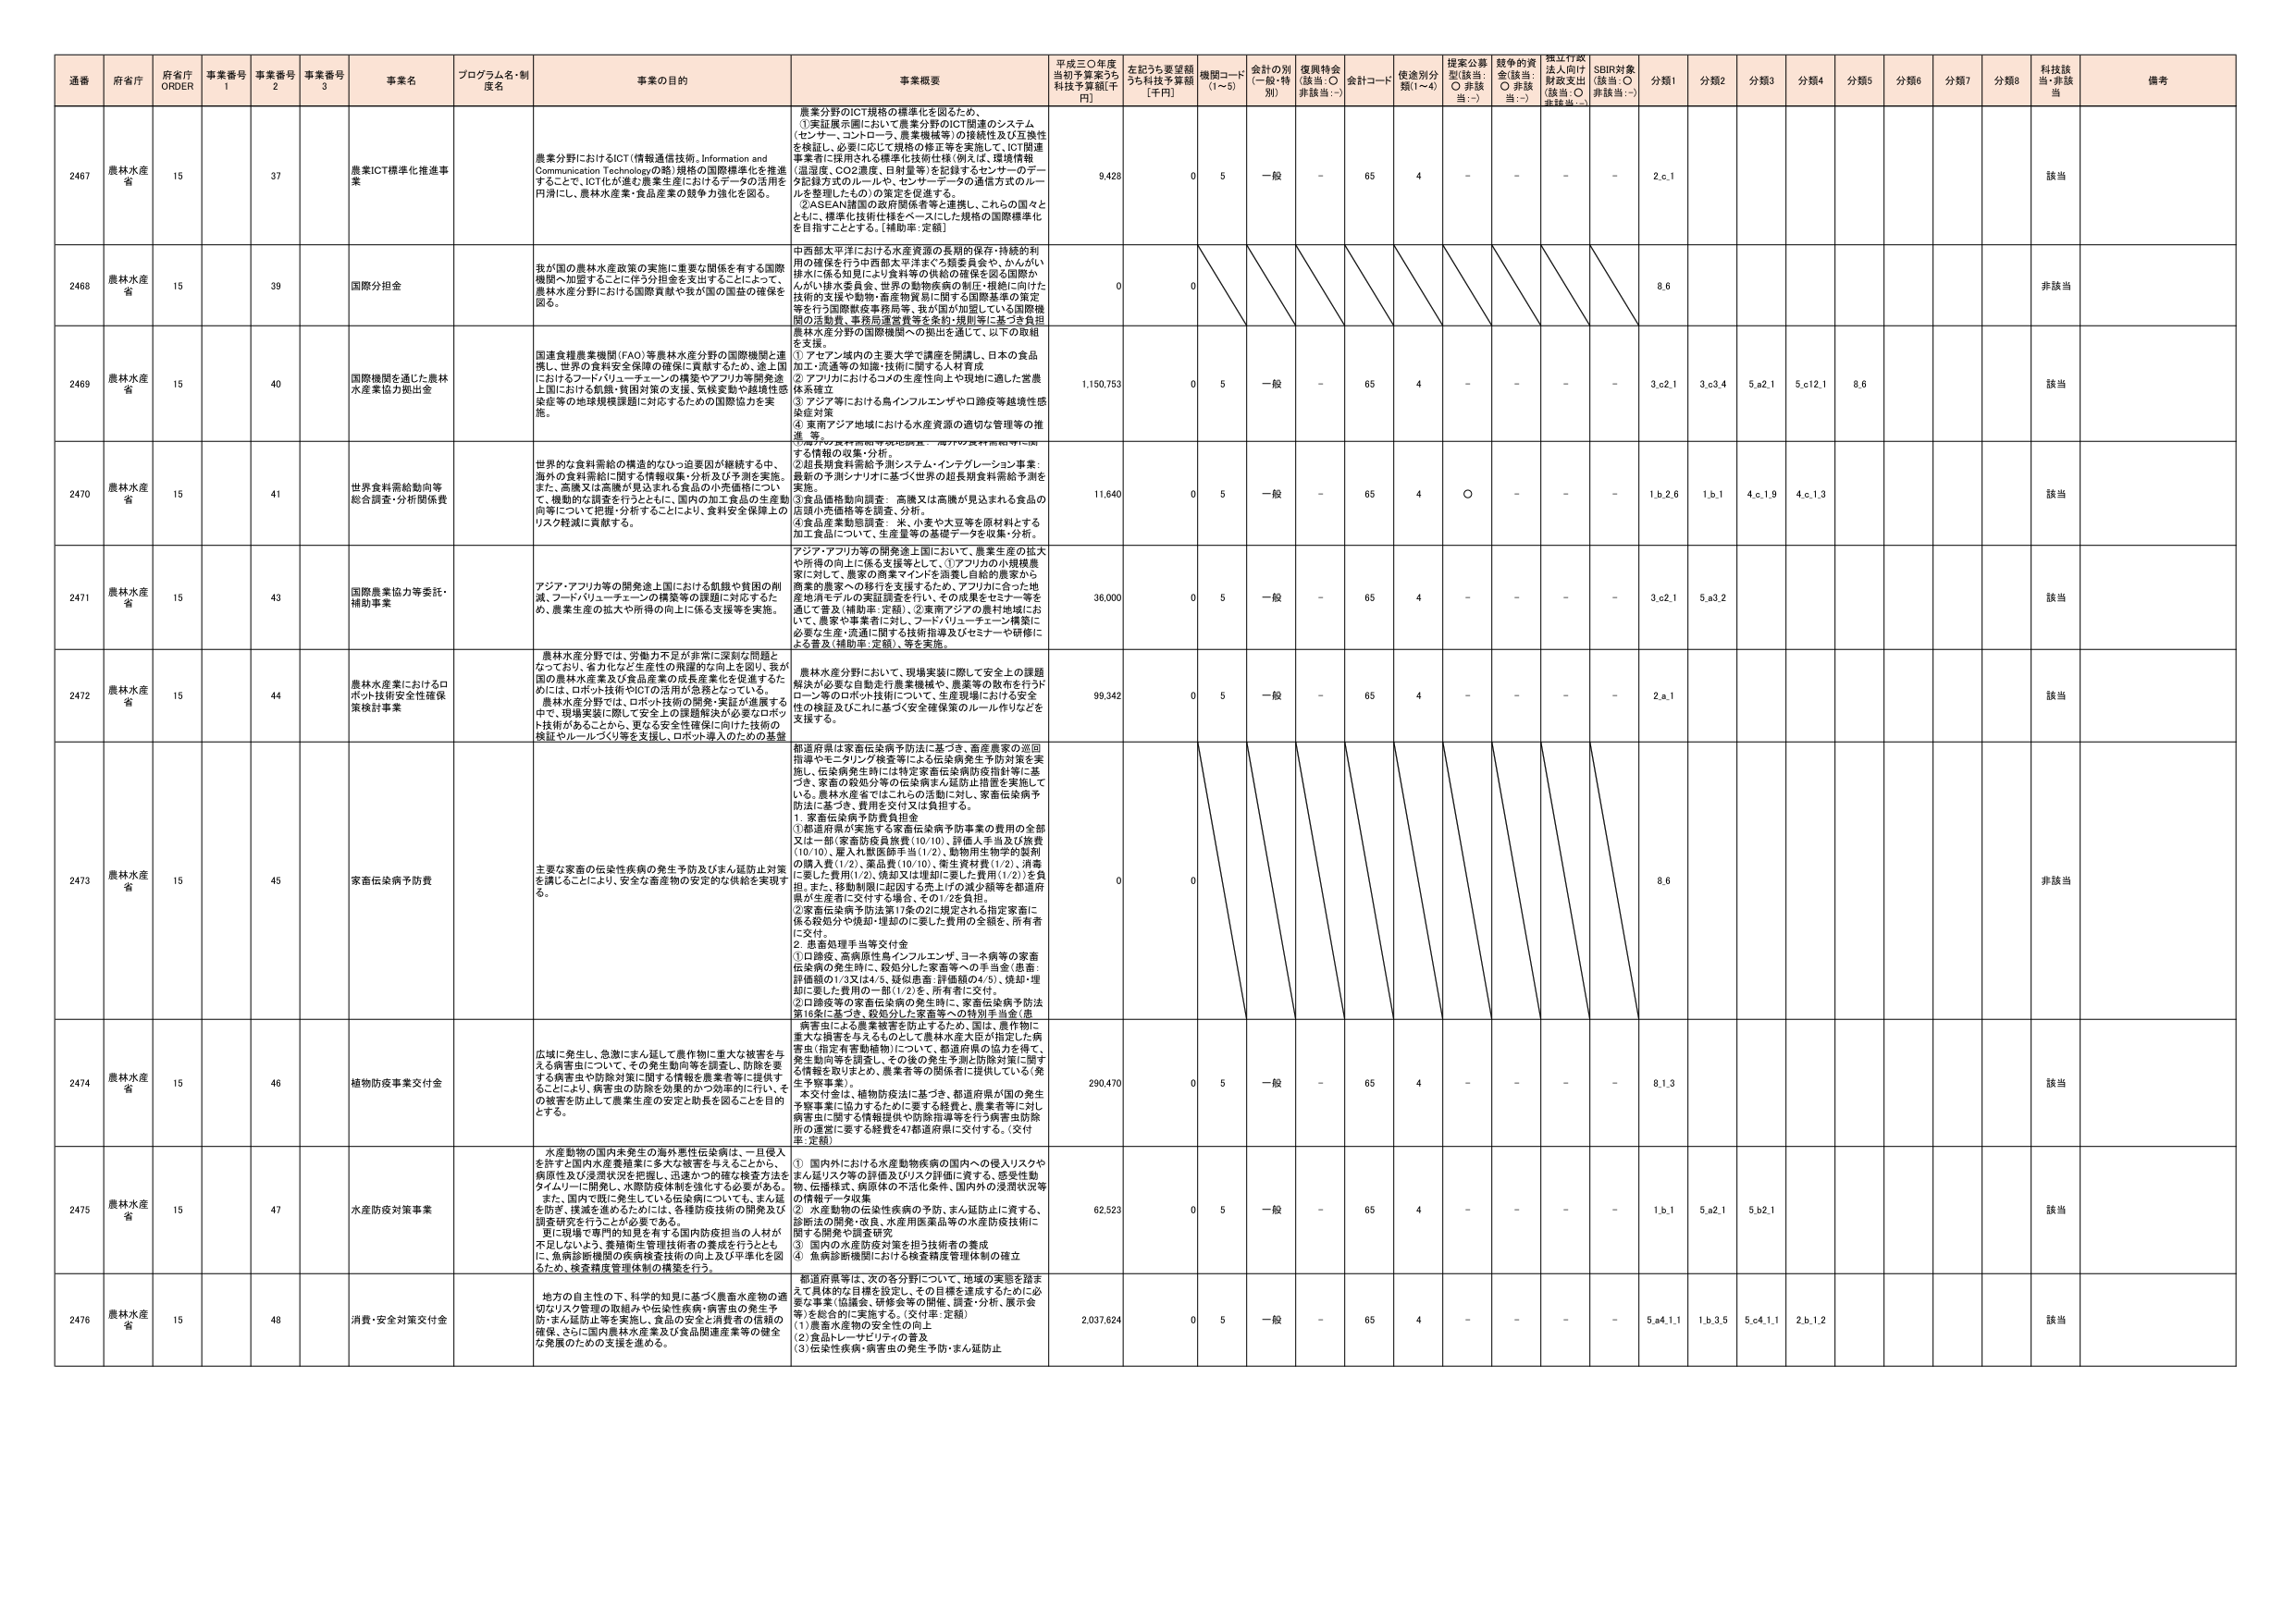
通番 府省庁 府省庁 ORDER 事業番号 1 事業番号 2 事業番号 3 事業名 プログラム名・制度名 事業の目的 事業概要 平成三〇年度当初予算案うち科技予算額[千円] 左記うち要望額うち科技予算額[千円] 機関コード(1～5) 会計の別(一般・特別) 復興特会(該当：○ 非該当：－) 会計コード 使途別分類(1～4) 提案公募型(該当：○ 非該当：－) 競争的資金(該当：○ 非該当：－) 捏江行政法人向け財政支出(該当：○ 非該当：－) SDBR対象(該当：○ 非該当：－) 分類1 分類2 分類3 分類4 分類5 分類6 分類7 分類8 科技該当・非該当 備考

2467 農林水産省 15 37 農業ICT標準化推進事業 農業分野におけるICT(情報通信技術, Information and Communication Technologyの略)規格の国際標準化を推進することで、ICT化が進む農業生産におけるデータの活用を円滑にし、農林水産業・食品産業の競争力強化を図る。 農業分野のICT規格の標準化を図るため、 ①実証展示園において農業分野のICT関連のシステム (センサー、コントローラ、農業機械等)の接続性及び互換性を検証し、必要に応じて規格の修正等を実施して、ICT関連事業者に採用される標準化技術(例えは、環境情報 (温湿度、CO2濃度、日照量等)を記録するセンサーのデータ記録方式のルールや、センサーデータの通信方式のルールを整備したもの)の策定を促進する。 ②ASEAN諸国の政府関係者等と連携し、これらの国々とともに、標準化技術仕様をベースにした規格の国際標準化を目指すこととする。[補助率：定額] 9,428 0 5 一般 - 65 4 - - - - 2.c.1 該当

2468 農林水産省 15 39 国際分担金 我が国の農林水産政策の実施に重要な関係を有する国際機関へ加盟することに伴う分担金を支出することによって、農林水産分野における国際貢献や我が国の国益の確保を図る。 中西部太平洋における水産資源の長期的保存・持続的利用の確保を行う中西部太平洋まぐろ類委員会や、かんがい排水に係る知見により食料等の供給の確保を図る国際かんがい排水委員会、世界の動物疾病の制圧・根絶に向けた技術的支援や動物・畜産物貿易に関する国際基準の策定等を行う国際獣疫事務局等、我が国が加盟している国際機関の活動費、事務局運営費等を条約・規則等に基づき負担農林水産分野の国際機関への拠出を通じて、以下の取組を支援。 ①アセアン域内の主要大寺で調査を明確し、日本の食品加工・流通等の知識・技術に関する人材育成 ②アフリカにおける3.4の生産性向上や現地に適した営農体系確立 ③アジア等における鳥インフルエンザや口蹄疫等越境性感染症対策 ④東南アジア地域における水産資源の適切な管理等の推進、等 0 0 8.6 非該当

2469 農林水産省 15 40 国際機関を通じた農林水産業協力拠出金 国連食糧農業機関(FAO)等農林水産分野の国際機関と連携し、世界の食料安全保障の確保に貢献するため、途上国におけるフードバリューチェーンの構築やアフリカ等開発途上国における飢餓・貧困対策の支援、気候変動や越境性感染症等の地球規模課題に対応するための国際協力を実施。 ①アセアン域内の主要大寺で調査を明確し、日本の食品加工・流通等の知識・技術に関する人材育成 ②アフリカにおける3.4の生産性向上や現地に適した営農体系確立 ③アジア等における鳥インフルエンザや口蹄疫等越境性感染症対策 ④東南アジア地域における水産資源の適切な管理等の推進、等 1,150,753 0 5 一般 - 65 4 - - - - 3.c2.1 3.c3.4 5.a2.1 5.c12.1 8.6 該当

2470 農林水産省 15 41 世界食料需給動向等総合調査・分析関係費 世界の食料需給の構造的ななっ迫進展が継続する中、海外の食料需給に関する情報収集・分析及び予測を実施。また、高齢又は高齢が見込まれる食品の小売価格について、機動的な調査を行うとともに、国内の加工食品の生産動向等について把握・分析することにより、食料安全保障上のリスク軽減に貢献する。 ①海外の食料需給に関する情報収集・分析。 ②超長期食料需給予測システム・インテグレーション事業：最新の予測シナリオに基づく世界の超長期食料需給予測を実施。 ③生産品価格動向調査： 高齢又は高齢が見込まれる食品の店頭小売価格等を調査、分析。 ④食品産業動態調査： 米、小麦や大豆等を原材料とする加工食品について、生産量等の基礎データを収集・分析。 11,640 0 5 一般 - 65 4 ○ - - - 1.b.2.6 1.b.1 4.c.1.9 4.c.1.3 該当

2471 農林水産省 15 43 国際農業協力等委託・補助事業 アジア・アフリカ等の開発途上国における飢餓や貧困の削減、フードバリューチェーンの構築等の課題に対応するため、農業生産の拡大や所得の向上に係る支援等を実施。 アジア・アフリカ等の開発途上国において、農業生産の拡大や所得の向上に係る支援等として、①アフリカの小規模農家に対して、農家の商業マインドを喚起し持続的農業から商業的農業への移行を支援するため、アフリカに合った地産地消モデルの実証調査を行い、その成果をセミナー等を通じて普及(補助率：定額)、②東南アジアの農村地域において、農家や事業者に対し、フードバリューチェーン構築に必要な生産・流通に関する技術指導及びセミナーや研修による普及(補助率：定額)、等を実施。 36,000 0 5 一般 - 65 4 - - - - 3.c2.1 5.a3.2 該当

2472 農林水産省 15 44 農林水産業におけるロボット技術安全性確保策検討事業 農林水産分野では、労働力不足が非常に深刻な問題となっており、省力化など生産性の飛躍的向上を図り、我が国の農林水産業及び食品産業の成長産業化を促進するために、ロボット技術やICTの活用が急務となっている。農林水産分野では、ロボット技術の開発・実証が展開する中で、現場実装に際して安全上の課題解決が必要なロボット技術があることから、更なる安全性確保に向けた技術の検証やルールづくり等を支援し、ロボット導入のための基盤 農林水産分野において、現場実装に際して安全上の課題解決が必要な自動走行農業機械や、農薬等の散布を行うドローン等のロボット技術について、生産現場における安全性の検証などにに基づく安全確保策のルール作りなどを支援する。 99,342 0 5 一般 - 65 4 - - - - 2.a.1 該当

2473 農林水産省 15 45 家畜伝染病予防費 主要な家畜の伝染性疾病の発生予防及びまん延防止対策を講じることにより、安全な畜産物の安定的な供給を実現する。 都道府県は家畜伝染病予防法に基づき、畜産農家の巡回指導やモニタリング検査等による伝染病発生予防対策を実施し、伝染病発生時には特定家畜伝染病防疫指針等に基づき、家畜の殺処分等の伝染病まん延防止措置を実施している。農林水産省ではこれらの活動に対し、家畜伝染病予防法に基づき、費用を交付又は負担する。 1. 家畜伝染病予防費負担金 ①都道府県が実施する家畜伝染病予防事業の費用の全部又は一部(家畜防疫員旅費(10/10)、評価人手当及び旅費(10/10)、雇入れ獣医師手当(1/2)、動物用生物学的製剤の購入費(1/2)、薬品費(10/10)、衛生資材費(1/2)、消毒に要した費用(1/2)、焼却又は埋却に要した費用(1/2))を負担。また、移動制限に起因する売上げの減少額等を都道府県が生産者に交付する場合、その1/2を負担。 ②家畜伝染病予防法第17条の2に規定される指定家畜に係る殺処分や焼却・埋却の際に要した費用の全額を、所有者に交付。 2. 患畜処理手当等交付金 ①口蹄疫、高病原性鳥インフルエンザ、ヨーネ病等の家畜伝染病の発生時に、殺処分した家畜等への手当金(患者：評価額の1/3又は4/5、疑似患者：評価額の4/5)、焼却・埋却に要した費用の一部(1/2)を、所有者に交付。 ②口蹄疫等の家畜伝染病の発生時に、家畜伝染病予防法第16条に基づき、殺処分した家畜等への特別手当金(患 病害虫による農業被害を防止するため、国は、農作物に重大な損害を与えるものとして農林水産大臣が指定した病害虫(指定有害動植物)について、都道府県の協力を得て、発生動向等を調査し、その後の発生予測と防除対策に関する情報を取りまとめ、農業者等の関係者に提供している(発生予察事業)。 本交付金は、植物防疫法に基づき、都道府県が国の発生予察事業に協力するために要する経費と、農業者等に対し病害虫に関する情報提供や防除指導等を行う病害虫防除所の運営に要する経費を47都道府県に交付する。(交付率：定額) 0 0 8.6 非該当

2474 農林水産省 15 46 植物防疫事業交付金 広域に発生し、急激にまん延して農作物に重大な被害を与える病害虫について、その発生動向等を調査し、防除を要する病害虫や防除対策に関する情報を農業者等に提供することにより、病害虫の防除を効果的かつ効率的に行い、その被害を防止して農業生産の安定と助長を図ることを目的とする。 290,470 0 5 一般 - 65 4 - - - - 8.1.3 該当

2475 農林水産省 15 47 水産防疫対策事業 水産動物の国内未発生の海外悪性伝染病は、一旦侵入を許すと国内水産業基盤に多大な被害を与えることから、病原性及び浸潤状況を把握し、迅速かつ的確な検査方法をタイムリーに開発し、水産防疫体制を強化する必要がある。また、国内で既に発生している伝染病についても、まん延を防止、撲滅を進めるためには、各種防疫技術の開発及び調査研究を行うことが必要である。更に現場で専門的知見を有する国内防疫担当の人材が不足しないよう、養殖衛生管理技術者の養成を行うととも に、魚病診断機関の疾病検査技術の向上及び平準化を図るため、検査精度管理体制の構築を行う。 ① 国内外における水産動物疾病の国内への侵入リスクやまん延リスク等の評価及びリスク評価に資する、感受性動物、伝播様式、病原体の不活化条件、国内外の浸潤状況等の情報データ収集 ② 水産動物の伝染性疾病の予防、まん延防止に資する、診断法の開発・改良、水産用医薬品等の水産防疫技術に関する開発や調査研究 ③ 国内の水産防疫対策を担う技術者の養成 ④ 魚病診断機関における検査精度管理体制の確立 62,523 0 5 一般 - 65 4 - - - - 1.b.1 5.a2.1 5.b2.1 該当

2476 農林水産省 15 48 消費・安全対策交付金 地方の自主性の下、科学的知見に基づく農畜水産物の適切なリスク管理の取組みや伝染性疾病・病害虫の発生予防・まん延防止等を実施し、食品の安全と消費者の信頼の確保、さらに国内農林水産業及び食品関連産業等の健全な発展のための支援を進める。 都道府県等は、次の各分野について、地域の実態を踏まえて具体的な目標を設定し、その目標を達成するために必要な事業(協議会、研修会等の開催、調査・分析、展示会等)を総合的に実施する。(交付率：定額) (1)農林水産物の安全性の向上 (2)食品トレーサビリティの普及 (3)伝染性疾病・病害虫の発生予防・まん延防止 2,037,624 0 5 一般 - 65 4 - - - - 5.e4.1.1 1.b.3.5 5.c4.1.1 2.b.1.2 該当